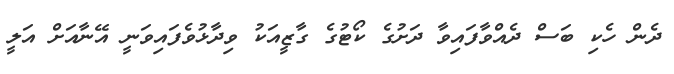
ދެން ހެކި ބަސް ދެއްވާފައިވާ ދަށުގެ ކޯޓުގެ ގާޒީއަކު ވިދާޅުވެފައިވަނީ އޭނާއަށް އަލީ